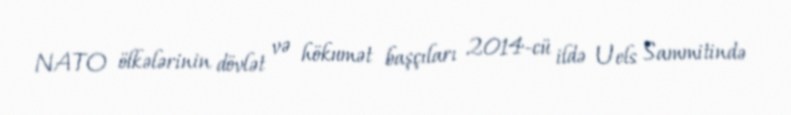
NATO ölkələrinin dövlət və hökumət başçıları 2014-cü ildə Uels Sammitində